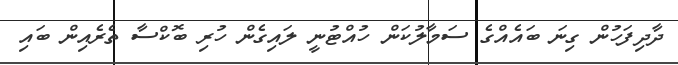
ދާދިފަހުން ގިނަ ބައެއްގެ ސަމާލުކަން ހުއްޓުނީ ލައިގެން ހުރި ބޮކްސާ ތެރެއިން ބައި